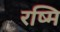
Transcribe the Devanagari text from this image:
रष्मि